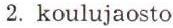
2. koulujaosto